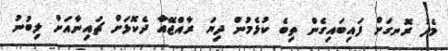
މެދު ރޮނގަށް ފައިބައިގެން ތިބެ ކުޅެމުން ދިޔަ ރާއްޖޭއާ ދެކޮޅަށް ޗައިނާއަށް ލިބުނު